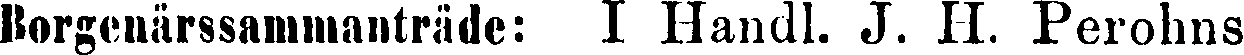
Borgenärssammanträde: I Handl. J. Perohns